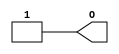
`timescale 1ns / 1ps
//////////////////////////////////////////////////////////////////////////////////
// Company: 
// Engineer: 
// 
// Design Name: 
// Module Name:    one_1b 
// Project Name: 
// Target Devices: 
// Tool versions: 
// Description: 
//
// Dependencies: 
//
// Revision: 
// Revision 0.01 - File Created
// Additional Comments: 
//
//////////////////////////////////////////////////////////////////////////////////
module one_1b(
    output O
    );
	 
	 assign O = 1'b1;


endmodule